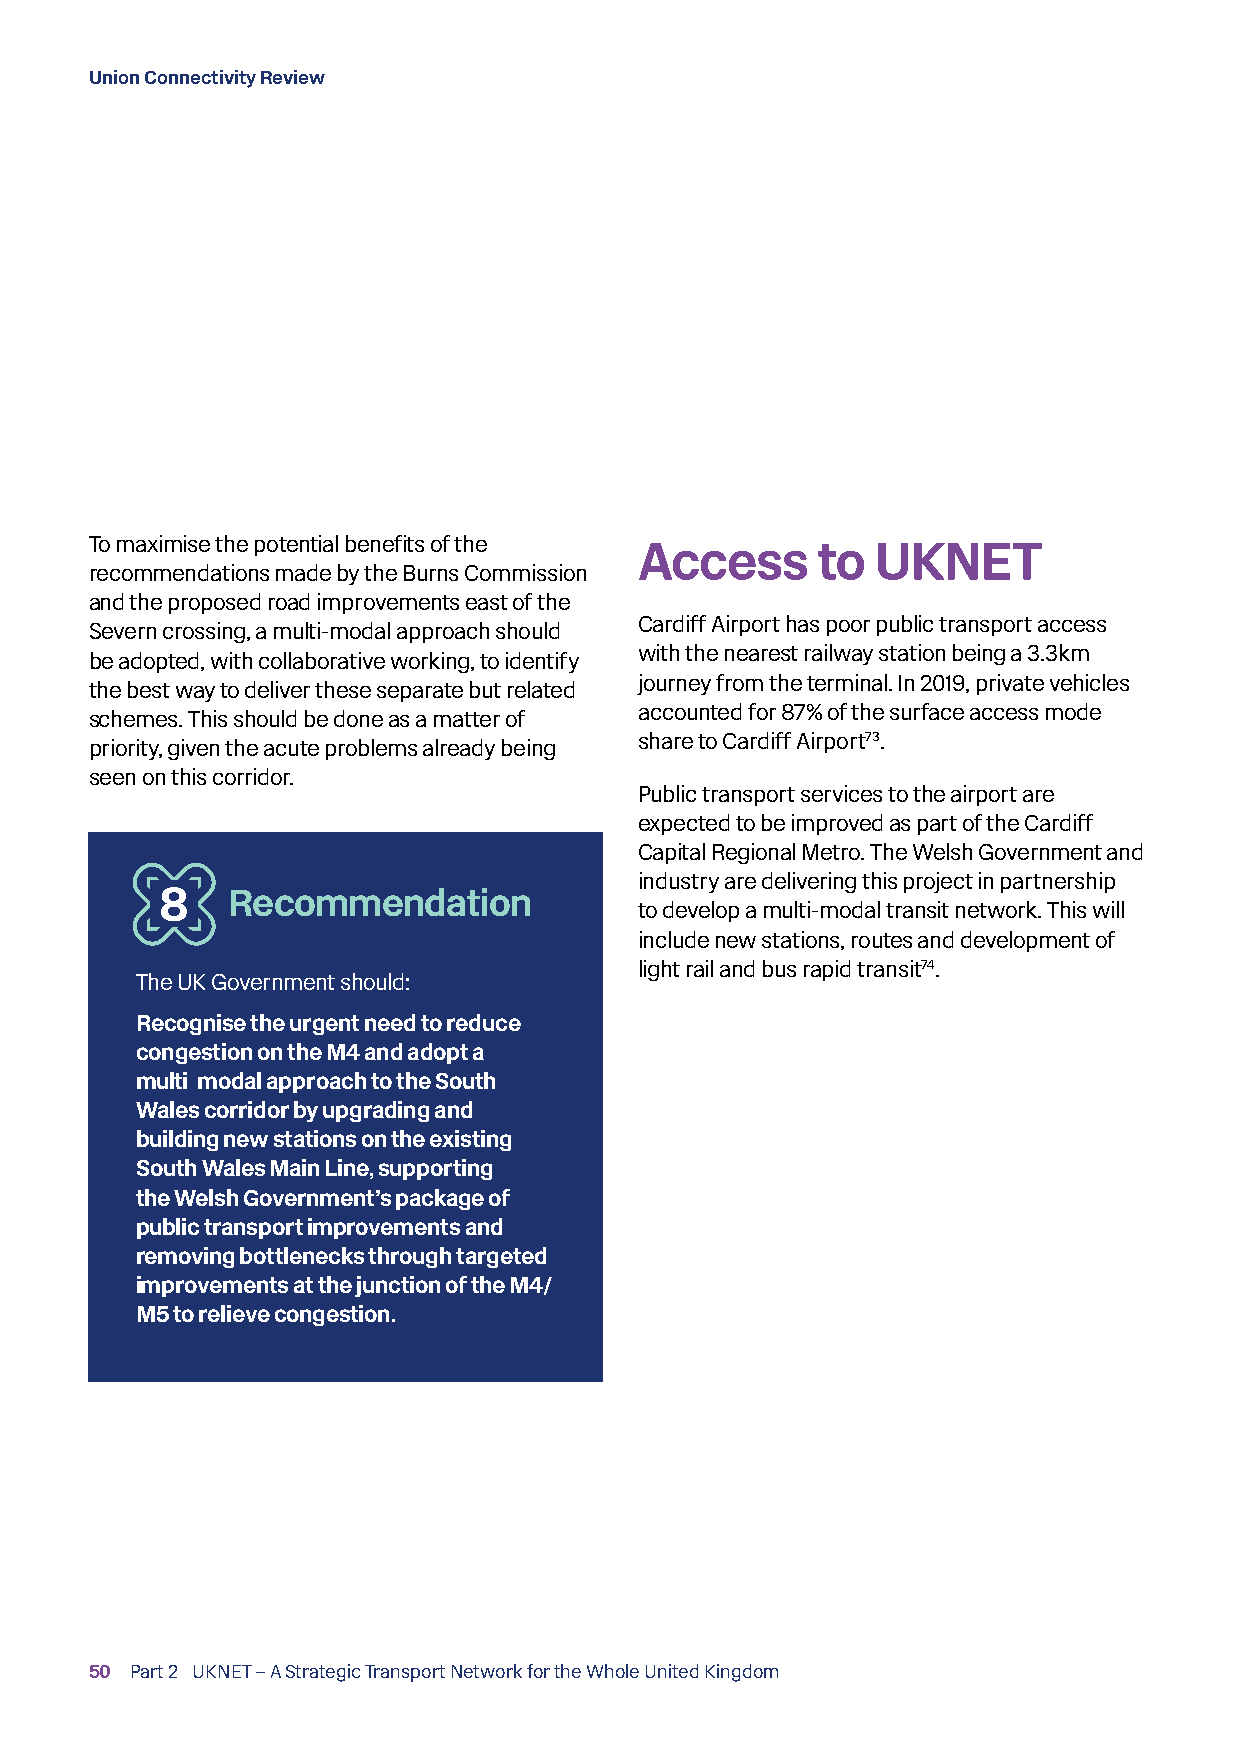
Union Connectivity Review
 To maximise the potential benefits of the
 Access      to  UKNET
 recommendations made by the Burns Commission
 and the proposed road improvements east of the
 Cardiff Airport has poor public transport access
 Severn crossing, a multi-modal approach should
 with the nearest railway station being a 3.3km
 be adopted, with collaborative working, to identify
 journey from the terminal. In 2019, private vehicles
 the best way to deliver these separate but related
 accounted for 87% of the surface access mode
 schemes. This should be done as a matter of
 share to Cardiff Airport73.
 priority, given the acute problems already being
 seen on this corridor.
 Public transport services to the airport are
 expected to be improved as part of the Cardiff
 Capital Regional Metro. The Welsh Government and
 industry are delivering this project in partnership
 8   Recommendation
 to develop a multi-modal transit network. This will
 include new stations, routes and development of
 light rail and bus rapid transit74.
 The UK Government should:
 Recognise the urgent need to reduce
 congestion on the M4 and adopt a
 multi -modal approach to the South
 Wales corridor by upgrading and
 building new stations on the existing
 South Wales Main Line, supporting
 the Welsh Government’s package of
 public transport improvements and
 removing bottlenecks through targeted
 improvements at the junction of the M4/
 M5 to relieve congestion.
 50 Part 2 UKNET – A Strategic Transport Network for the Whole United Kingdom